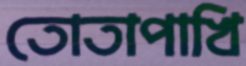
তোতাপাখি